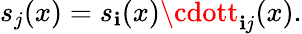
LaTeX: s_{j}(x)=s_{\mathbf{i}}(x)\cdott_{\mathbf{i}j}(x).